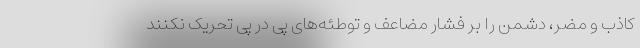
کاذب و مضر، دشمن را بر فشار مضاعف و توطئه‌های پی در پی تحریک نکنند